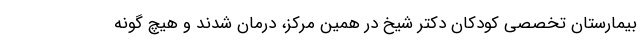
بیمارستان تخصصی کودکان دکتر شیخ در همین مرکز، درمان شدند و هیچ گونه